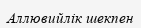
Аллювийлік шекпен